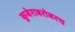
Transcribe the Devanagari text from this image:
कुबेराबरोबरच